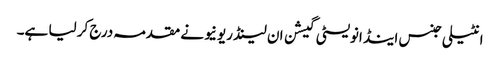
انٹیلی جنس اینڈ انویسٹی گیشن ان لینڈ ریونیو نے مقدمہ درج کر لیا ہے۔